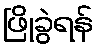
ဖြိုခွဲရန်